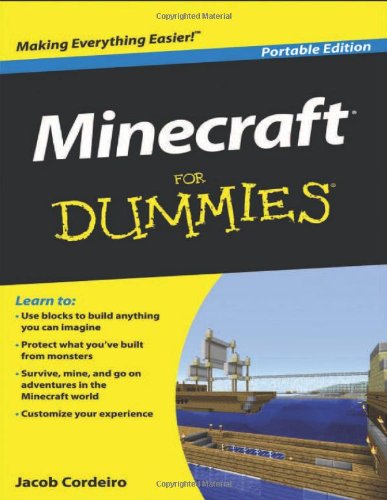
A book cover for Minecraft For Dummies; Jacob Cordeiro; Humor & Entertainment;